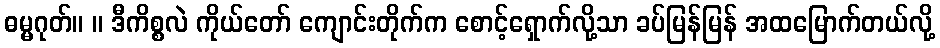
ဓမ္မဂုတ်။ ။ ဒီကိစ္စလဲ ကိုယ်တော် ကျောင်းတိုက်က စောင့်ရှောက်လို့သာ ခပ်မြန်မြန် အထမြောက်တယ်လို့